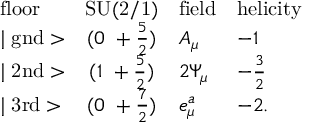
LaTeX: \begin{array} { l c l l } { { \mathrm { f l o o r } } } & { { \mathrm { S U ( 2 / 1 ) } } } & { { \mathrm { f i e l d } } } & { { \mathrm { h e l i c i t y } } } \\ { { \mid \mathrm { g n d } > } } & { { ( 0 ~ + \frac { 5 } { 2 } ) } } & { { A _ { \mu } } } & { { - 1 } } \\ { { \mid \mathrm { 2 n d } > } } & { { ( 1 ~ + \frac { 5 } { 2 } ) } } & { { 2 \Psi _ { \mu } } } & { { - \frac { 3 } { 2 } } } \\ { { \mid \mathrm { 3 r d } > } } & { { ( 0 ~ + \frac { 7 } { 2 } ) } } & { { e _ { \mu } ^ { a } } } & { { - 2 . } } \end{array}